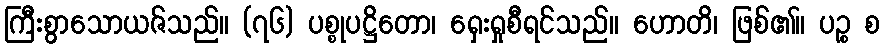
ကြီးစွာသောယဇ်သည်။ (၇၆) ပစ္စုပဋ္ဌိတော၊ ရှေးရှုစီရင်သည်။ ဟောတိ၊ ဖြစ်၏။ ပဉ္စ စ